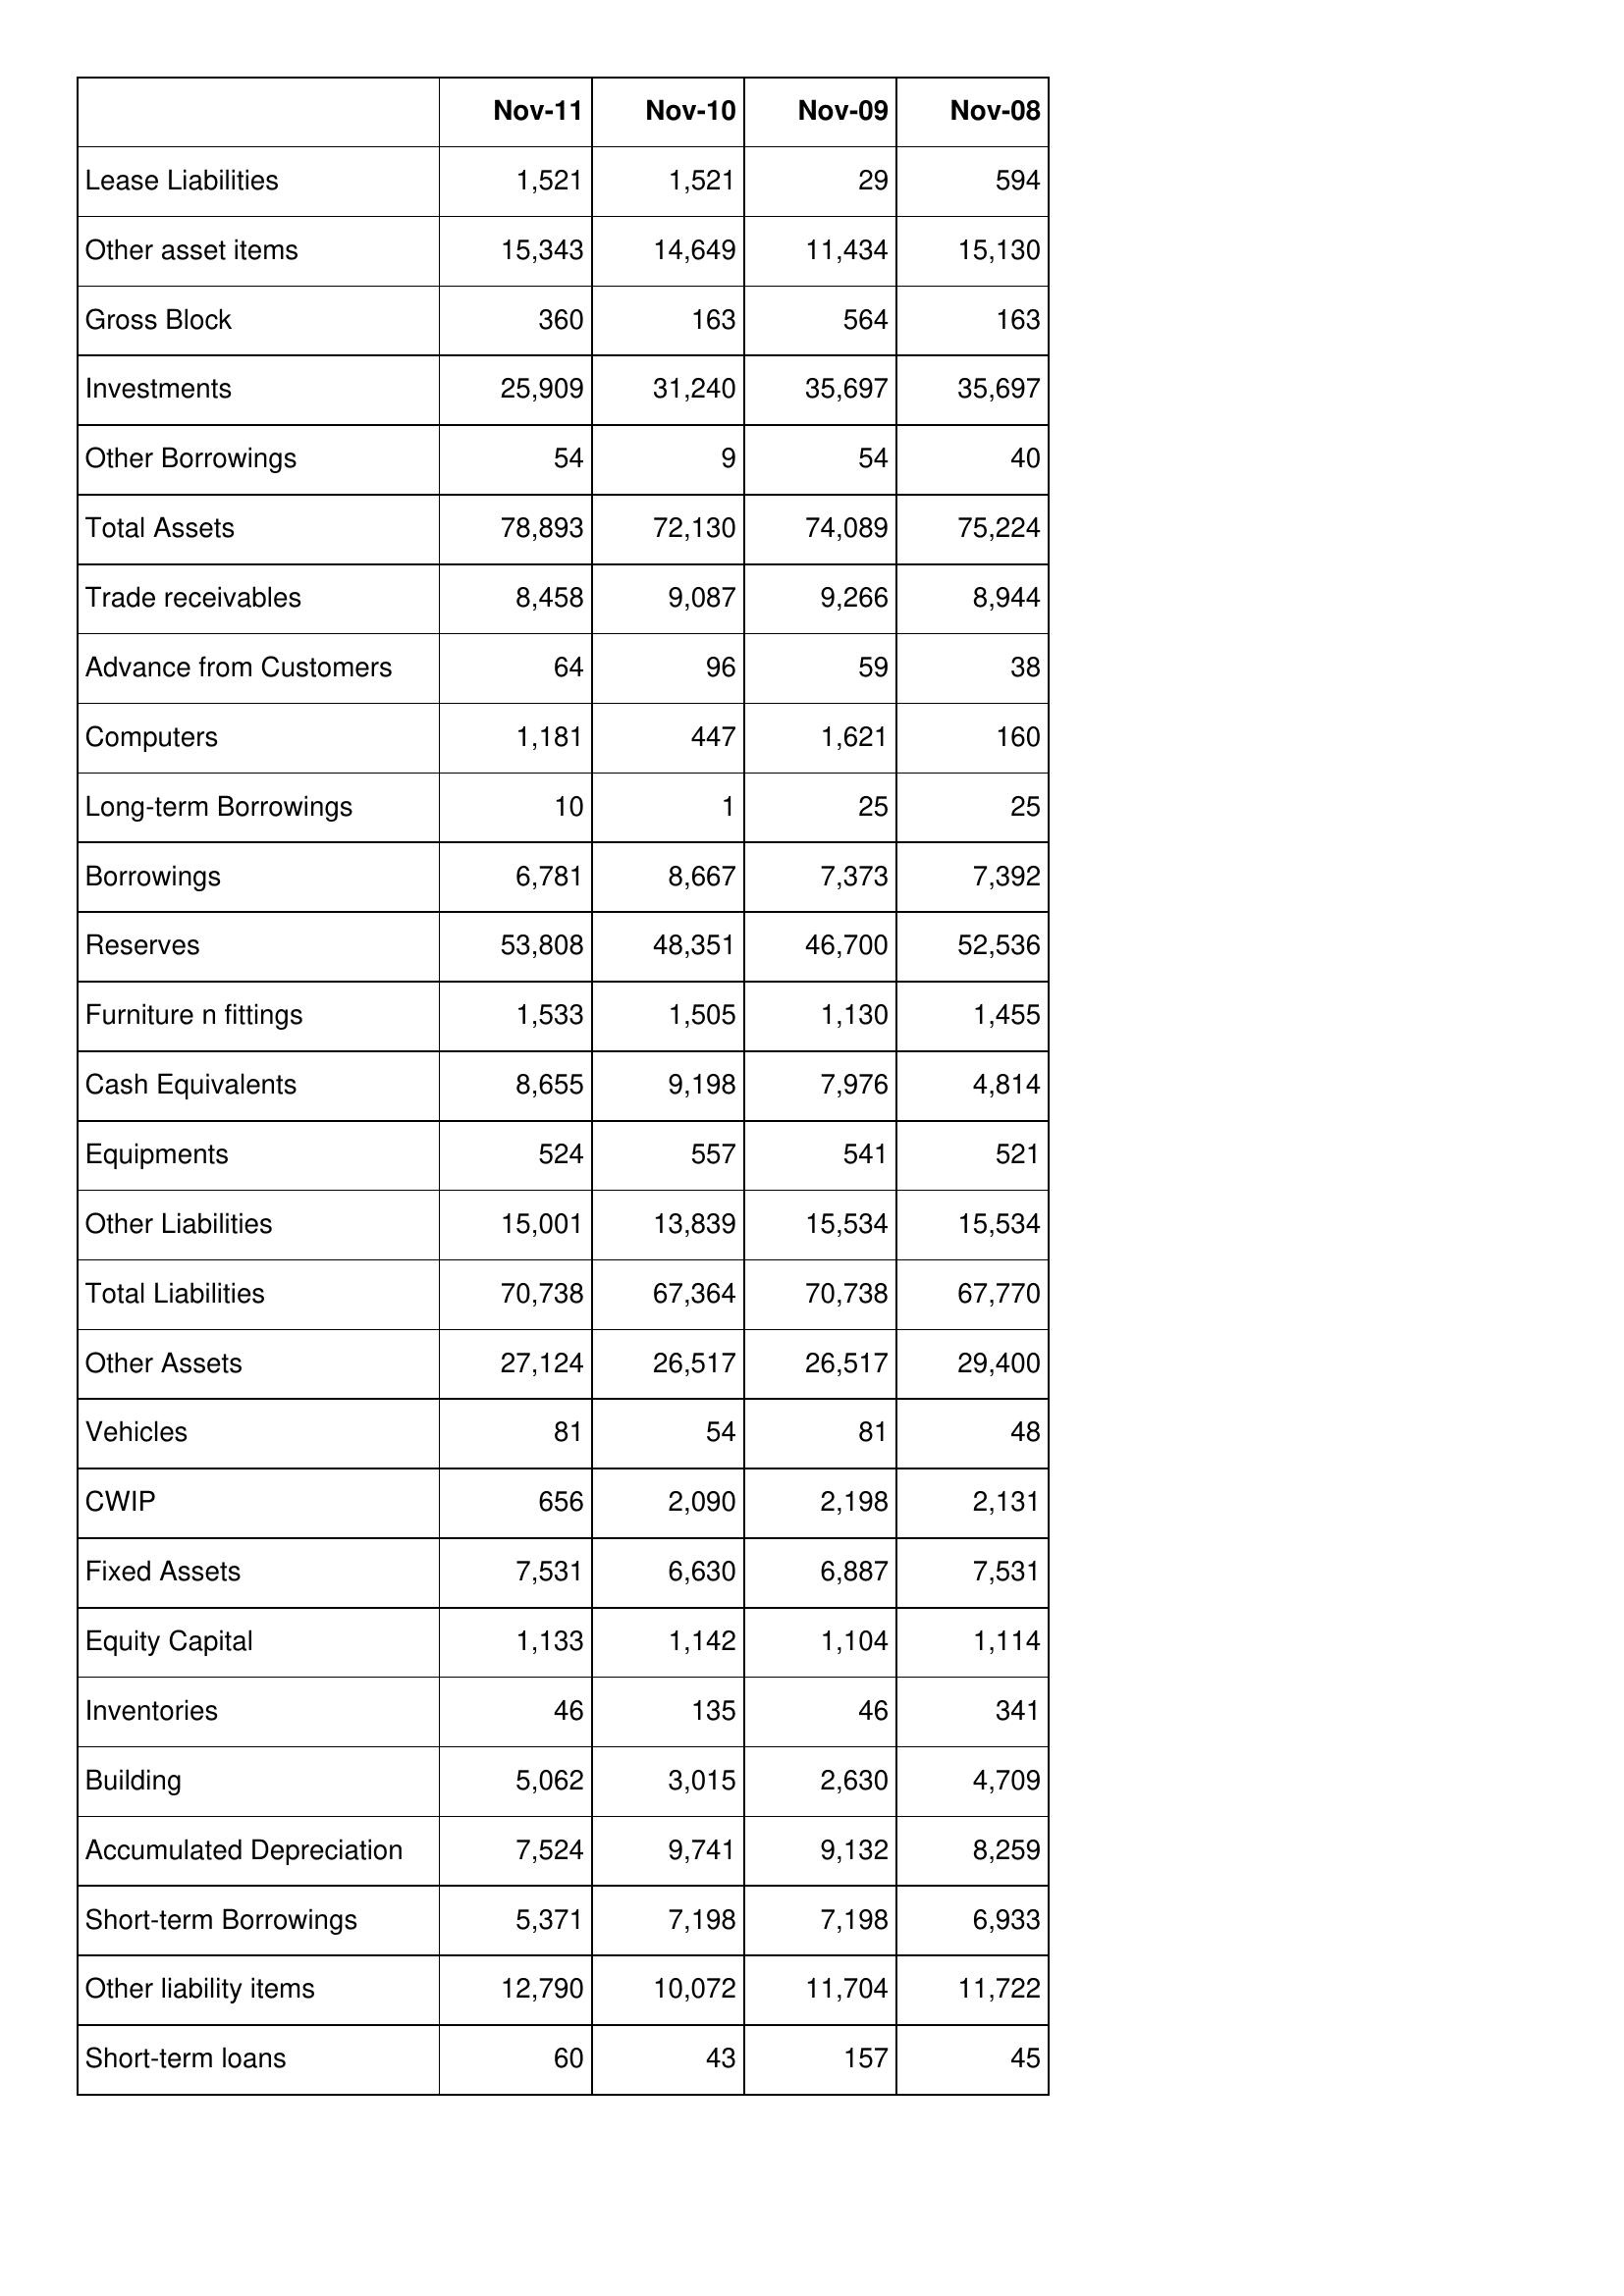
Nov-11: Balance Sheet: Lease Liabilities: 1,521
Other asset items: 15,343
Gross Block: 360
Investments: 25,909
Other Borrowings: 54
Total Assets: 78,893
Trade receivables: 8,458
Advance from Customers: 64
Computers: 1,181
Long-term Borrowings: 10
Borrowings: 6,781
Reserves: 53,808
Furniture n fittings: 1,533
Cash Equivalents: 8,655
Equipments: 524
Other Liabilities: 15,001
Total Liabilities: 70,738
Other Assets: 27,124
Vehicles: 81
CWIP: 656
Fixed Assets: 7,531
Equity Capital: 1,133
Inventories: 46
Building: 5,062
Accumulated Depreciation: 7,524
Short-term Borrowings: 5,371
Other liability items: 12,790
Short-term loans: 60
Nov-10: Balance Sheet: Lease Liabilities: 1,521
Other asset items: 14,649
Gross Block: 163
Investments: 31,240
Other Borrowings: 9
Total Assets: 72,130
Trade receivables: 9,087
Advance from Customers: 96
Computers: 447
Long-term Borrowings: 1
Borrowings: 8,667
Reserves: 48,351
Furniture n fittings: 1,505
Cash Equivalents: 9,198
Equipments: 557
Other Liabilities: 13,839
Total Liabilities: 67,364
Other Assets: 26,517
Vehicles: 54
CWIP: 2,090
Fixed Assets: 6,630
Equity Capital: 1,142
Inventories: 135
Building: 3,015
Accumulated Depreciation: 9,741
Short-term Borrowings: 7,198
Other liability items: 10,072
Short-term loans: 43
Nov-09: Balance Sheet: Lease Liabilities: 29
Other asset items: 11,434
Gross Block: 564
Investments: 35,697
Other Borrowings: 54
Total Assets: 74,089
Trade receivables: 9,266
Advance from Customers: 59
Computers: 1,621
Long-term Borrowings: 25
Borrowings: 7,373
Reserves: 46,700
Furniture n fittings: 1,130
Cash Equivalents: 7,976
Equipments: 541
Other Liabilities: 15,534
Total Liabilities: 70,738
Other Assets: 26,517
Vehicles: 81
CWIP: 2,198
Fixed Assets: 6,887
Equity Capital: 1,104
Inventories: 46
Building: 2,630
Accumulated Depreciation: 9,132
Short-term Borrowings: 7,198
Other liability items: 11,704
Short-term loans: 157
Nov-08: Balance Sheet: Lease Liabilities: 594
Other asset items: 15,130
Gross Block: 163
Investments: 35,697
Other Borrowings: 40
Total Assets: 75,224
Trade receivables: 8,944
Advance from Customers: 38
Computers: 160
Long-term Borrowings: 25
Borrowings: 7,392
Reserves: 52,536
Furniture n fittings: 1,455
Cash Equivalents: 4,814
Equipments: 521
Other Liabilities: 15,534
Total Liabilities: 67,770
Other Assets: 29,400
Vehicles: 48
CWIP: 2,131
Fixed Assets: 7,531
Equity Capital: 1,114
Inventories: 341
Building: 4,709
Accumulated Depreciation: 8,259
Short-term Borrowings: 6,933
Other liability items: 11,722
Short-term loans: 45